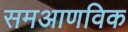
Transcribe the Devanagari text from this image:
समआणविक